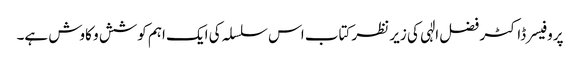
پروفیسر ڈاکٹر فضل الٰہی کی زیر نظر کتاب اس سلسلہ کی ایک اہم کوشش و کاوش ہے۔